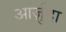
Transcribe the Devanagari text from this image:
आर्ज़ुदा